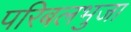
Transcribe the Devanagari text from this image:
परिबलभुजा